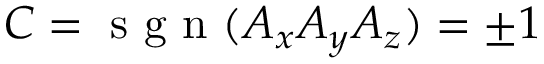
C = \mathrm { ~ s ~ g ~ n ~ } ( A _ { x } A _ { y } A _ { z } ) = \pm { 1 }